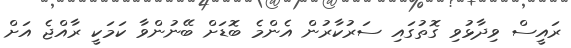
ރައީސް ވިދާޅުވި ގޮތުގައި ސަރުކާރުން އެންމެ ބޮޑަށް ބޭނުންވާ ކަމަކީ ރާއްޖެ އަށް